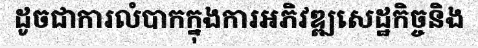
ដូចជាការលំបាកក្នុងការអភិវឌ្ឍសេដ្ឋកិច្ចនិង